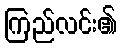
ကြည်လင်း၏